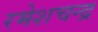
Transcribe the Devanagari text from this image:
रमेशचन्‍द्र